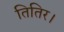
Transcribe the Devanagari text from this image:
तितिर।